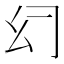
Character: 𰏰